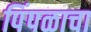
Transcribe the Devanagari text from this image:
पिंपळाचा